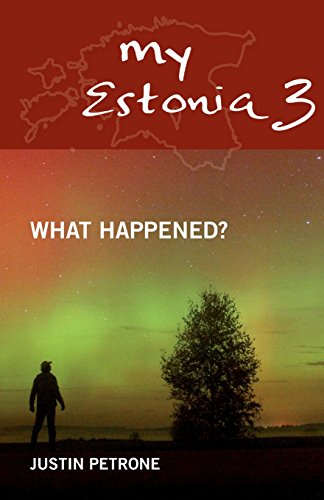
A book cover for My Estonia 3: What Happened?; Justin Petrone; Travel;